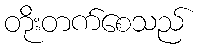
တိုးတက်စေသည်